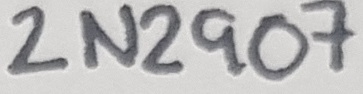
Text: 2N2907